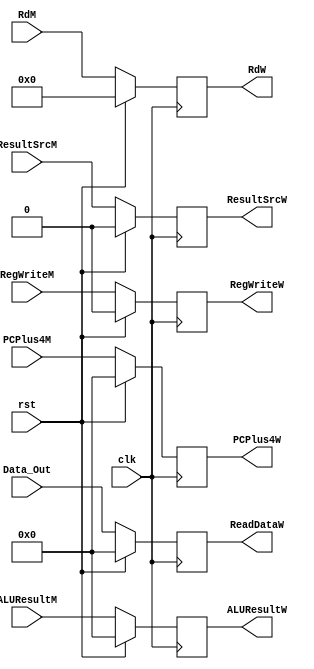
`timescale 1ns / 1ps
//////////////////////////////////////////////////////////////////////////////////
// Company: 
// Engineer: 
// 
// Design Name: 
// Module Name: reg_mem_wb
// Project Name: 
// Target Devices: 
// Tool Versions: 
// Description: 
// 
// Dependencies: 
// 
// Revision:
// Revision 0.01 - File Created
// Additional Comments:
// 
//////////////////////////////////////////////////////////////////////////////////


module reg_mem_wb(
	input  wire clk,
	input  wire rst,
	input  wire [31:0] Data_Out,
	input  wire [31:0] ALUResultM,
    input  wire [4:0] RdM,     
    input  wire [31:0] PCPlus4M,
	input  wire ResultSrcM,  
    input  wire RegWriteM,
	
	
	output reg [31:0] ReadDataW,
	output reg [31:0] ALUResultW,
    output reg [31:0]PCPlus4W,
    output reg [4:0] RdW,
    output reg ResultSrcW,
	output reg RegWriteW
	
);

	always @ (posedge clk) begin
		if(rst) begin
			ReadDataW<=0;  
			ALUResultW<=0;
			RdW<=0;
			PCPlus4W<=0; 
			ResultSrcW<=0;   
			RegWriteW<=0;          
			
		end else
		 begin
			ReadDataW<=Data_Out;  
            ALUResultW<=ALUResultM;
            RdW<=RdM;
            PCPlus4W<=PCPlus4M; 
            ResultSrcW<=ResultSrcM;   
            RegWriteW<=RegWriteM; 
		end
	end
endmodule